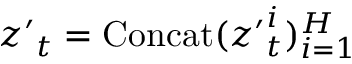
\ensuremath { \boldsymbol { z ^ { \prime } } } _ { t } = \ensuremath { \operatorname { C o n c a t } } ( \ensuremath { \boldsymbol { z ^ { \prime } } } _ { t } ^ { i } ) _ { i = 1 } ^ { H }